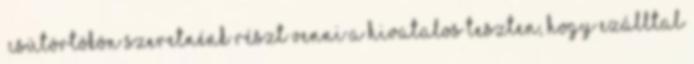
„Csütörtökön szeretnénk részt venni a hivatalos teszten, hogy ezálltal